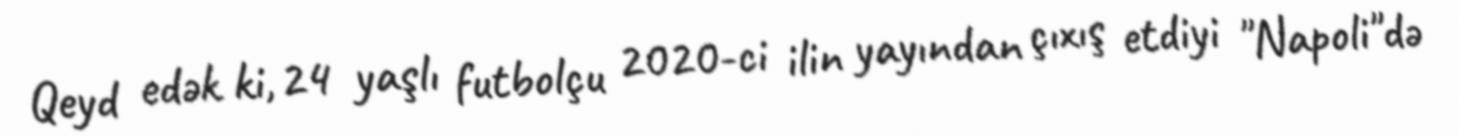
Qeyd edək ki, 24 yaşlı futbolçu 2020-ci ilin yayından çıxış etdiyi "Napoli"də